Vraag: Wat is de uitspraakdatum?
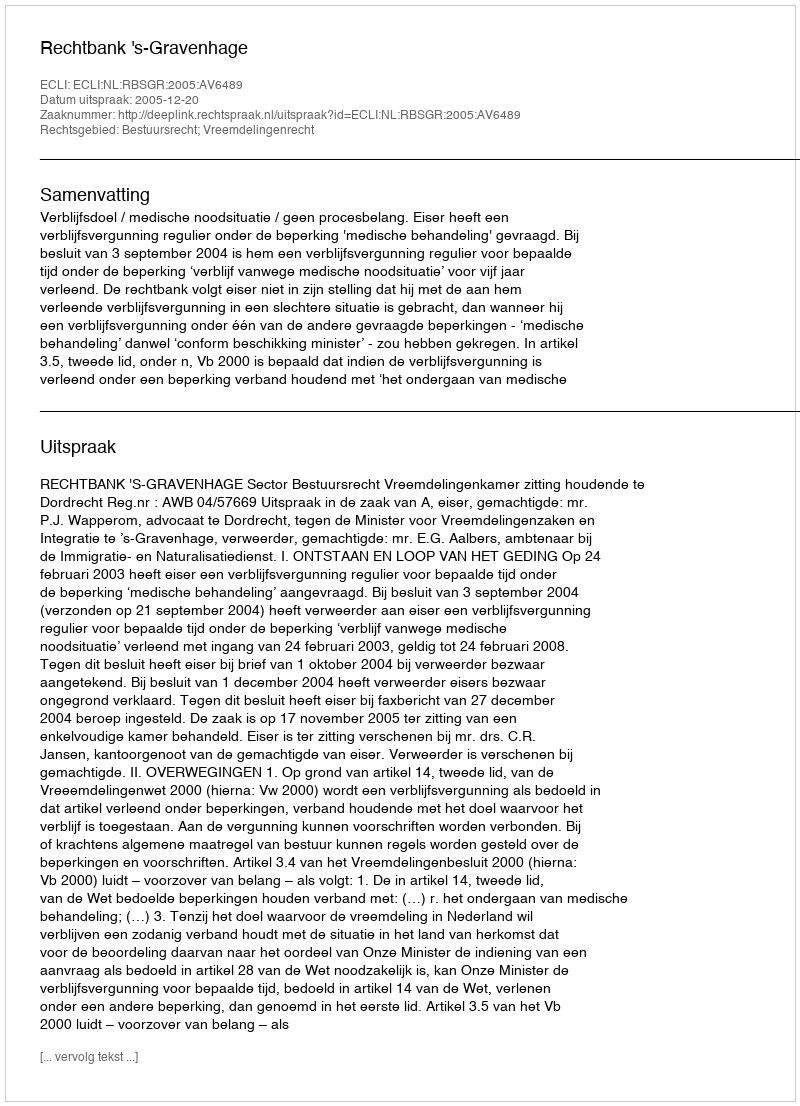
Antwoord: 2005-12-20